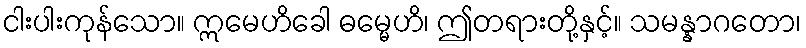
ငါးပါးကုန်သော။ ဣမေဟိခေါ ဓမ္မေဟိ၊ ဤတရားတို့နှင့်။ သမန္နာဂတော၊